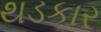
થડકાર